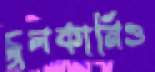
চুলকানিও